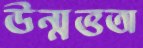
উন্মত্ততা